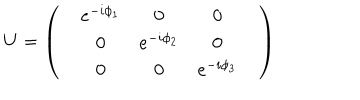
LaTeX: U = \left( \begin{matrix} { { } } & { { e ^ { - i \phi _ { 1 } } } } & { { 0 } } & { { 0 } } \\ { { } } & { { 0 } } & { { e ^ { - i \phi _ { 2 } } } } & { { 0 } } \\ { { } } & { { 0 } } & { { 0 } } & { { e ^ { - i \phi _ { 3 } } } } & { { } } \\ \end{matrix} \right)